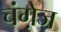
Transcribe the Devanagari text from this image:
चंगे़ज